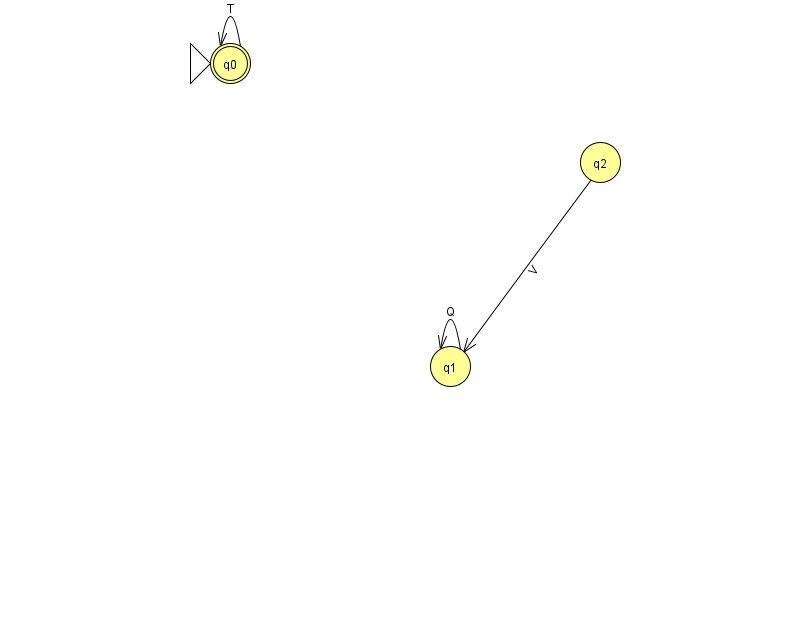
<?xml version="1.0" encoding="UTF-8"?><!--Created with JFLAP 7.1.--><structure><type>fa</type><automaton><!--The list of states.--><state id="0" name="q0"><x>230.0</x><y>50.0</y><initial/><final/></state><state id="1" name="q1"><x>450.0</x><y>353.0</y></state><state id="2" name="q2"><x>600.0</x><y>149.0</y></state><!--The list of transitions.--><transition><from>1</from><to>1</to><read>Q</read></transition><transition><from>0</from><to>0</to><read>T</read></transition><transition><from>2</from><to>1</to><read>V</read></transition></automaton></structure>